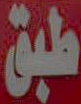
طبق